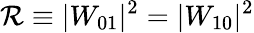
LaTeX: \mathcal{R}\equiv|W_{01}|^{2}=|W_{10}|^{2}